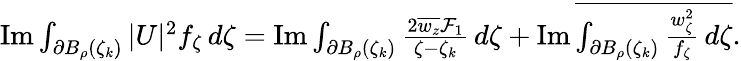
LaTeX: \begin{array}{r}{\operatorname{Im}\int_{\partial B_{\rho}(\zeta_{k})}|U|^{2}f_{\zeta}\, d\zeta=\operatorname{Im}\int_{\partial B_{\rho}(\zeta_{k})}\frac{2\overline{{w_{z}}}\mathcal{F}_{1}}{\zeta-\zeta_{k}}\, d\zeta+\operatorname{Im}\overline{{\int_{\partial B_{\rho}(\zeta_{k})}\frac{w_{\zeta}^{2}}{f_{\zeta}}\, d\zeta}}.}\end{array}